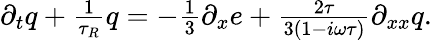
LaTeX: \begin{array}{r}{\partial_{t}q+\frac{1}{\tau_{R}}q=-\frac{1}{3}\partial_{x}e+\frac{2\tau}{3(1-i\omega\tau)}\partial_{xx}q.}\end{array}